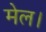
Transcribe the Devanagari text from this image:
मेल।